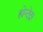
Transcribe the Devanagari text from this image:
होन्देदा